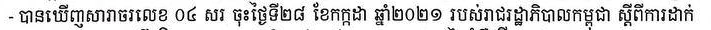
- បានឃើញសារាចរលេច ០៤ សរ ចុះថ្ងៃទី២៨ ខែកក្កដា ឆ្នាំ២០២១ របស់រដ្ឋាភិបាលកម្ពុជា ស្ដីពីការដាក់